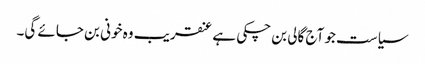
سیاست جو آج گالی بن چکی ہے عنقریب وہ خونی بن جائے گی۔